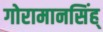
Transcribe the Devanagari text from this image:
गोरामानसिंह्